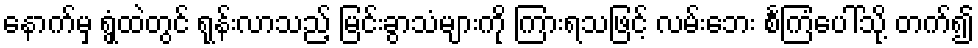
နောက်မှ ရွှံ့ထဲတွင် ရုန်းလာသည့် မြင်းခွာသံများကို ကြားရသဖြင့် လမ်းဘေး စင်္ကြံပေါ်သို့ တက်၍